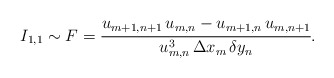
\begin{align*}I_{1,1} \sim F = \cfrac{u_{m+1,n+1}\,u_{m,n}-u_{m+1,n}\,u_{m,n+1}}{u_{m,n}^3\, \Delta x_m\, \delta y_n}.\end{align*}